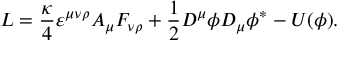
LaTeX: { \cal L } = \frac \kappa 4 \varepsilon ^ { \mu \nu \rho } A _ { \mu } F _ { \nu \rho } + \frac 1 2 D ^ { \mu } \phi D _ { \mu } \phi ^ { * } - U ( \phi ) .